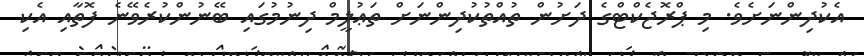
އެކުދިންނަށެވެ. މި ޕްރޮޖެކްޓްގެ ދަށުން ތުއްތުކުދިންނަށް ތަޢުލީމް ދިނުމުގައި ބޭނުންކުރެވޭނެ ފޮތާއި އެކި